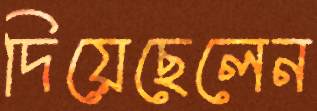
দিয়েছেলেন